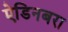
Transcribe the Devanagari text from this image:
ऐडिनबरा